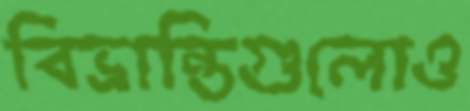
বিভ্রান্তিগুলোও